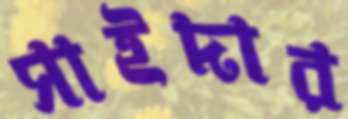
সাইদার